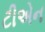
ટીએન